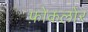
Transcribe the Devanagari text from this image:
फ़ोकलोर